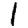
Digit: 1